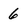
Character: 6